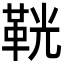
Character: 𩊠